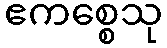
ဧကစ္စေသု